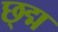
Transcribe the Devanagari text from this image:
छ्द्म